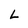
Character: L